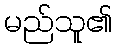
မည်သူ၏